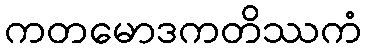
ကတမောဒကတိဿကံ